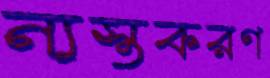
ন্যস্তকরণ